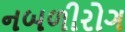
નબળીરોગ